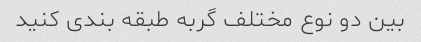
بین دو نوع مختلف گربه طبقه بندی کنید